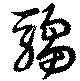
騶